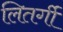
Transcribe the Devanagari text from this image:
लितर्गी